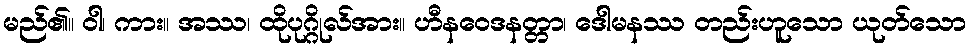
မည်၏။ ဝါ၊ ကား။ အဿ၊ ထိုပုဂ္ဂိုလ်အား။ ဟီနဝေဒနတ္တာ၊ ဒေါမနဿ တည်းဟူသော ယုတ်သော